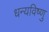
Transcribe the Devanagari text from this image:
धन्यविष्णु